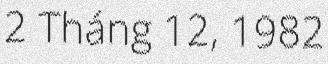
2 Tháng 12, 1982